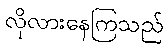
လိုလားနေကြသည်